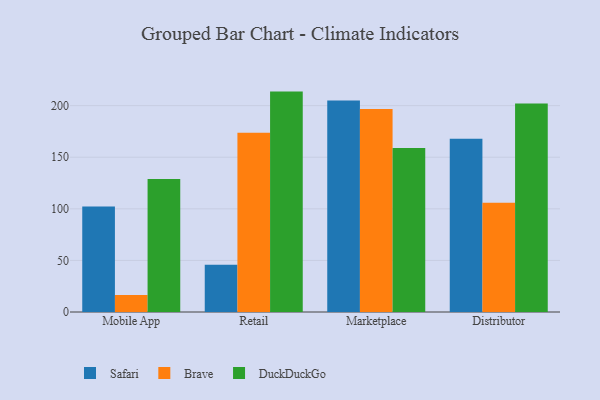
{"axis": {"x": "Channel", "y": "Customer Acquisition Cost (USD)"}, "legend": ["Brave", "DuckDuckGo", "Safari"], "data": [{"x": "Mobile App", "y": 102.3, "type": "Safari"}, {"x": "Mobile App", "y": 16.4, "type": "Brave"}, {"x": "Mobile App", "y": 128.8, "type": "DuckDuckGo"}, {"x": "Retail", "y": 45.9, "type": "Safari"}, {"x": "Retail", "y": 173.6, "type": "Brave"}, {"x": "Retail", "y": 213.6, "type": "DuckDuckGo"}, {"x": "Marketplace", "y": 204.9, "type": "Safari"}, {"x": "Marketplace", "y": 196.7, "type": "Brave"}, {"x": "Marketplace", "y": 158.9, "type": "DuckDuckGo"}, {"x": "Distributor", "y": 167.8, "type": "Safari"}, {"x": "Distributor", "y": 106.0, "type": "Brave"}, {"x": "Distributor", "y": 202.1, "type": "DuckDuckGo"}]}